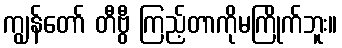
ကျွန်တော် တီဗွီ ကြည့်တာကိုမကြိုက်ဘူး။